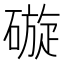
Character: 䃠